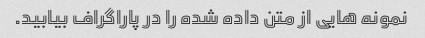
نمونه هایی از متن داده شده را در پاراگراف بیابید.